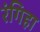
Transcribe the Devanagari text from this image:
रंगिहा